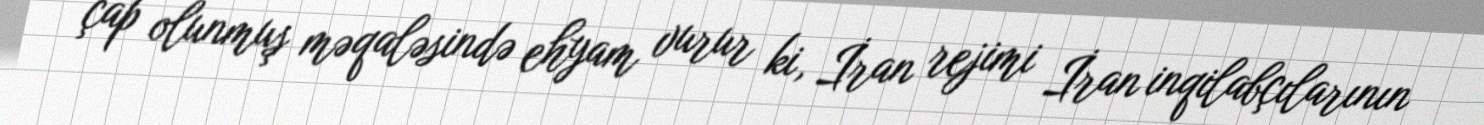
çap olunmuş məqaləsində ehyam vurur ki, İran rejimi İran inqilabçılarının